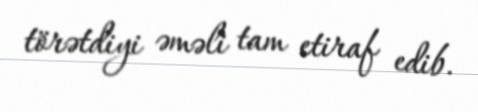
törətdiyi əməli tam etiraf edib.